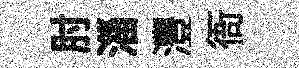
肘淄灃衙